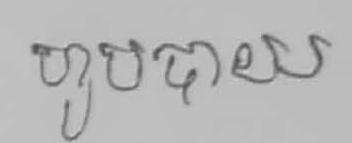
ហូបបាយ